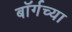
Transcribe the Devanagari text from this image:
बॉर्गच्या